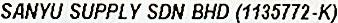
SANYU SUPPLY SDN BHD (1135772-K)